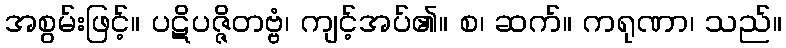
အစွမ်းဖြင့်။ ပဋိပဇ္ဇိတဗ္ဗံ၊ ကျင့်အပ်၏။ စ၊ ဆက်။ ကရုဏာ၊ သည်။